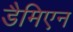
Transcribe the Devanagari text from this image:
डैमिएन